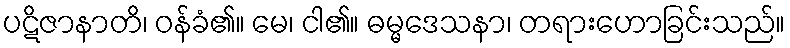
ပဋိဇာနာတိ၊ ဝန်ခံ၏။ မေ၊ ငါ၏။ ဓမ္မဒေသနာ၊ တရားဟောခြင်းသည်။